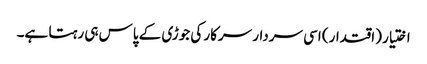
اختیار (اقتدار) اسی سردار سرکار کی جوڑی کے پاس ہی رہتا ہے۔